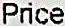
PRICE